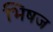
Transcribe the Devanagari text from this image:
भिषज